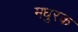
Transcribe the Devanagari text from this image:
मधुरक